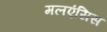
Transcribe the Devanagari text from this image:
मलएंसिस